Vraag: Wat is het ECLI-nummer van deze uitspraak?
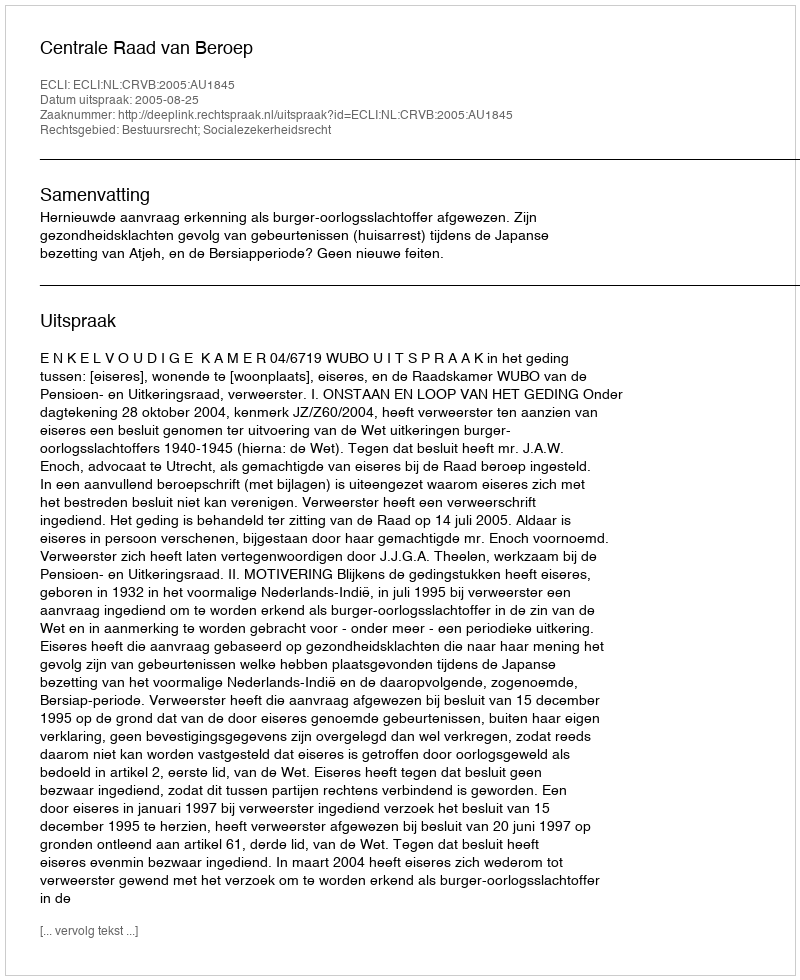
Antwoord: ECLI:NL:CRVB:2005:AU1845